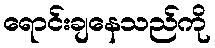
ရောင်းချနေသည်ကို